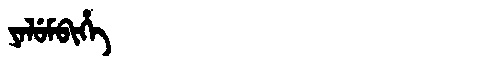
Manchu: ᠶᠠᠯᡠᠮᠪᡳᡥᡝ
Romanization: YALUMBIHE